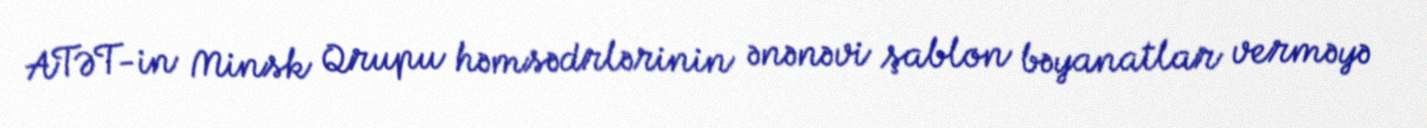
ATƏT-in Minsk Qrupu həmsədrlərinin ənənəvi şablon bəyanatlar verməyə